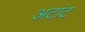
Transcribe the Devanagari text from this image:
अटांट